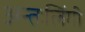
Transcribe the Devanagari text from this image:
अन्तःलिंगी